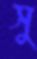
সু